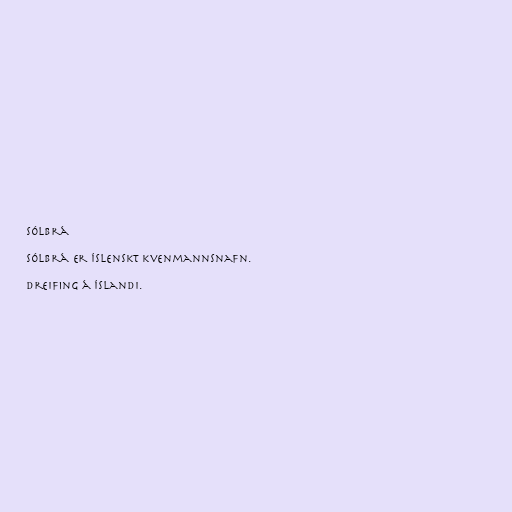
Sólbrá

Sólbrá er íslenskt kvenmannsnafn.

Dreifing á Íslandi.